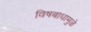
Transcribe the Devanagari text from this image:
विषबाधामुळे